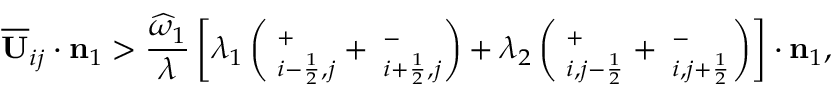
\overline { { \mathbf { U } } } _ { i j } \cdot \mathbf { n } _ { 1 } > \frac { \widehat { \omega } _ { 1 } } { \lambda } \left[ \lambda _ { 1 } \left( { \bf \Pi } _ { i - \frac { 1 } { 2 } , j } ^ { + } + { \bf \Pi } _ { i + \frac { 1 } { 2 } , j } ^ { - } \right) + \lambda _ { 2 } \left( { \bf \Pi } _ { i , j - \frac { 1 } { 2 } } ^ { + } + { \bf \Pi } _ { i , j + \frac { 1 } { 2 } } ^ { - } \right) \right] \cdot \mathbf { n } _ { 1 } ,